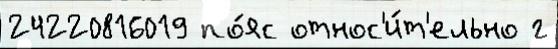
24220816019 по́яс относ'и́т'ельно г